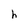
Character: h